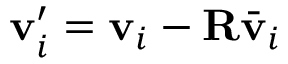
\mathbf { v } _ { i } ^ { \prime } = \mathbf { v } _ { i } - \mathbf { R } \bar { \mathbf { v } } _ { i }